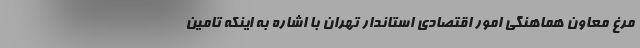
مرغ معاون هماهنگی امور اقتصادی استاندار تهران با اشاره به اینکه تامین